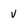
Character: v